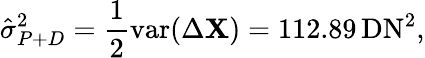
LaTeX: \hat{\sigma}_{P+D}^{2}=\frac{1}{2}\mathrm{var}(\Delta\mathbf X)=112.89\, \mathrm{DN}^{2},